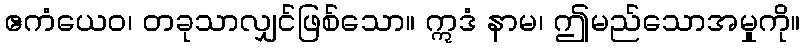
ဧကံယေဝ၊ တခုသာလျှင်ဖြစ်သော။ ဣဒံ နာမ၊ ဤမည်သောအမှုကို။